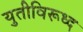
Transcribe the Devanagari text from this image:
युतीविरूध्द